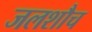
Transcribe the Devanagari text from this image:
जलशौच